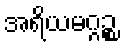
အရိယမဂ္ဂဉ္စ